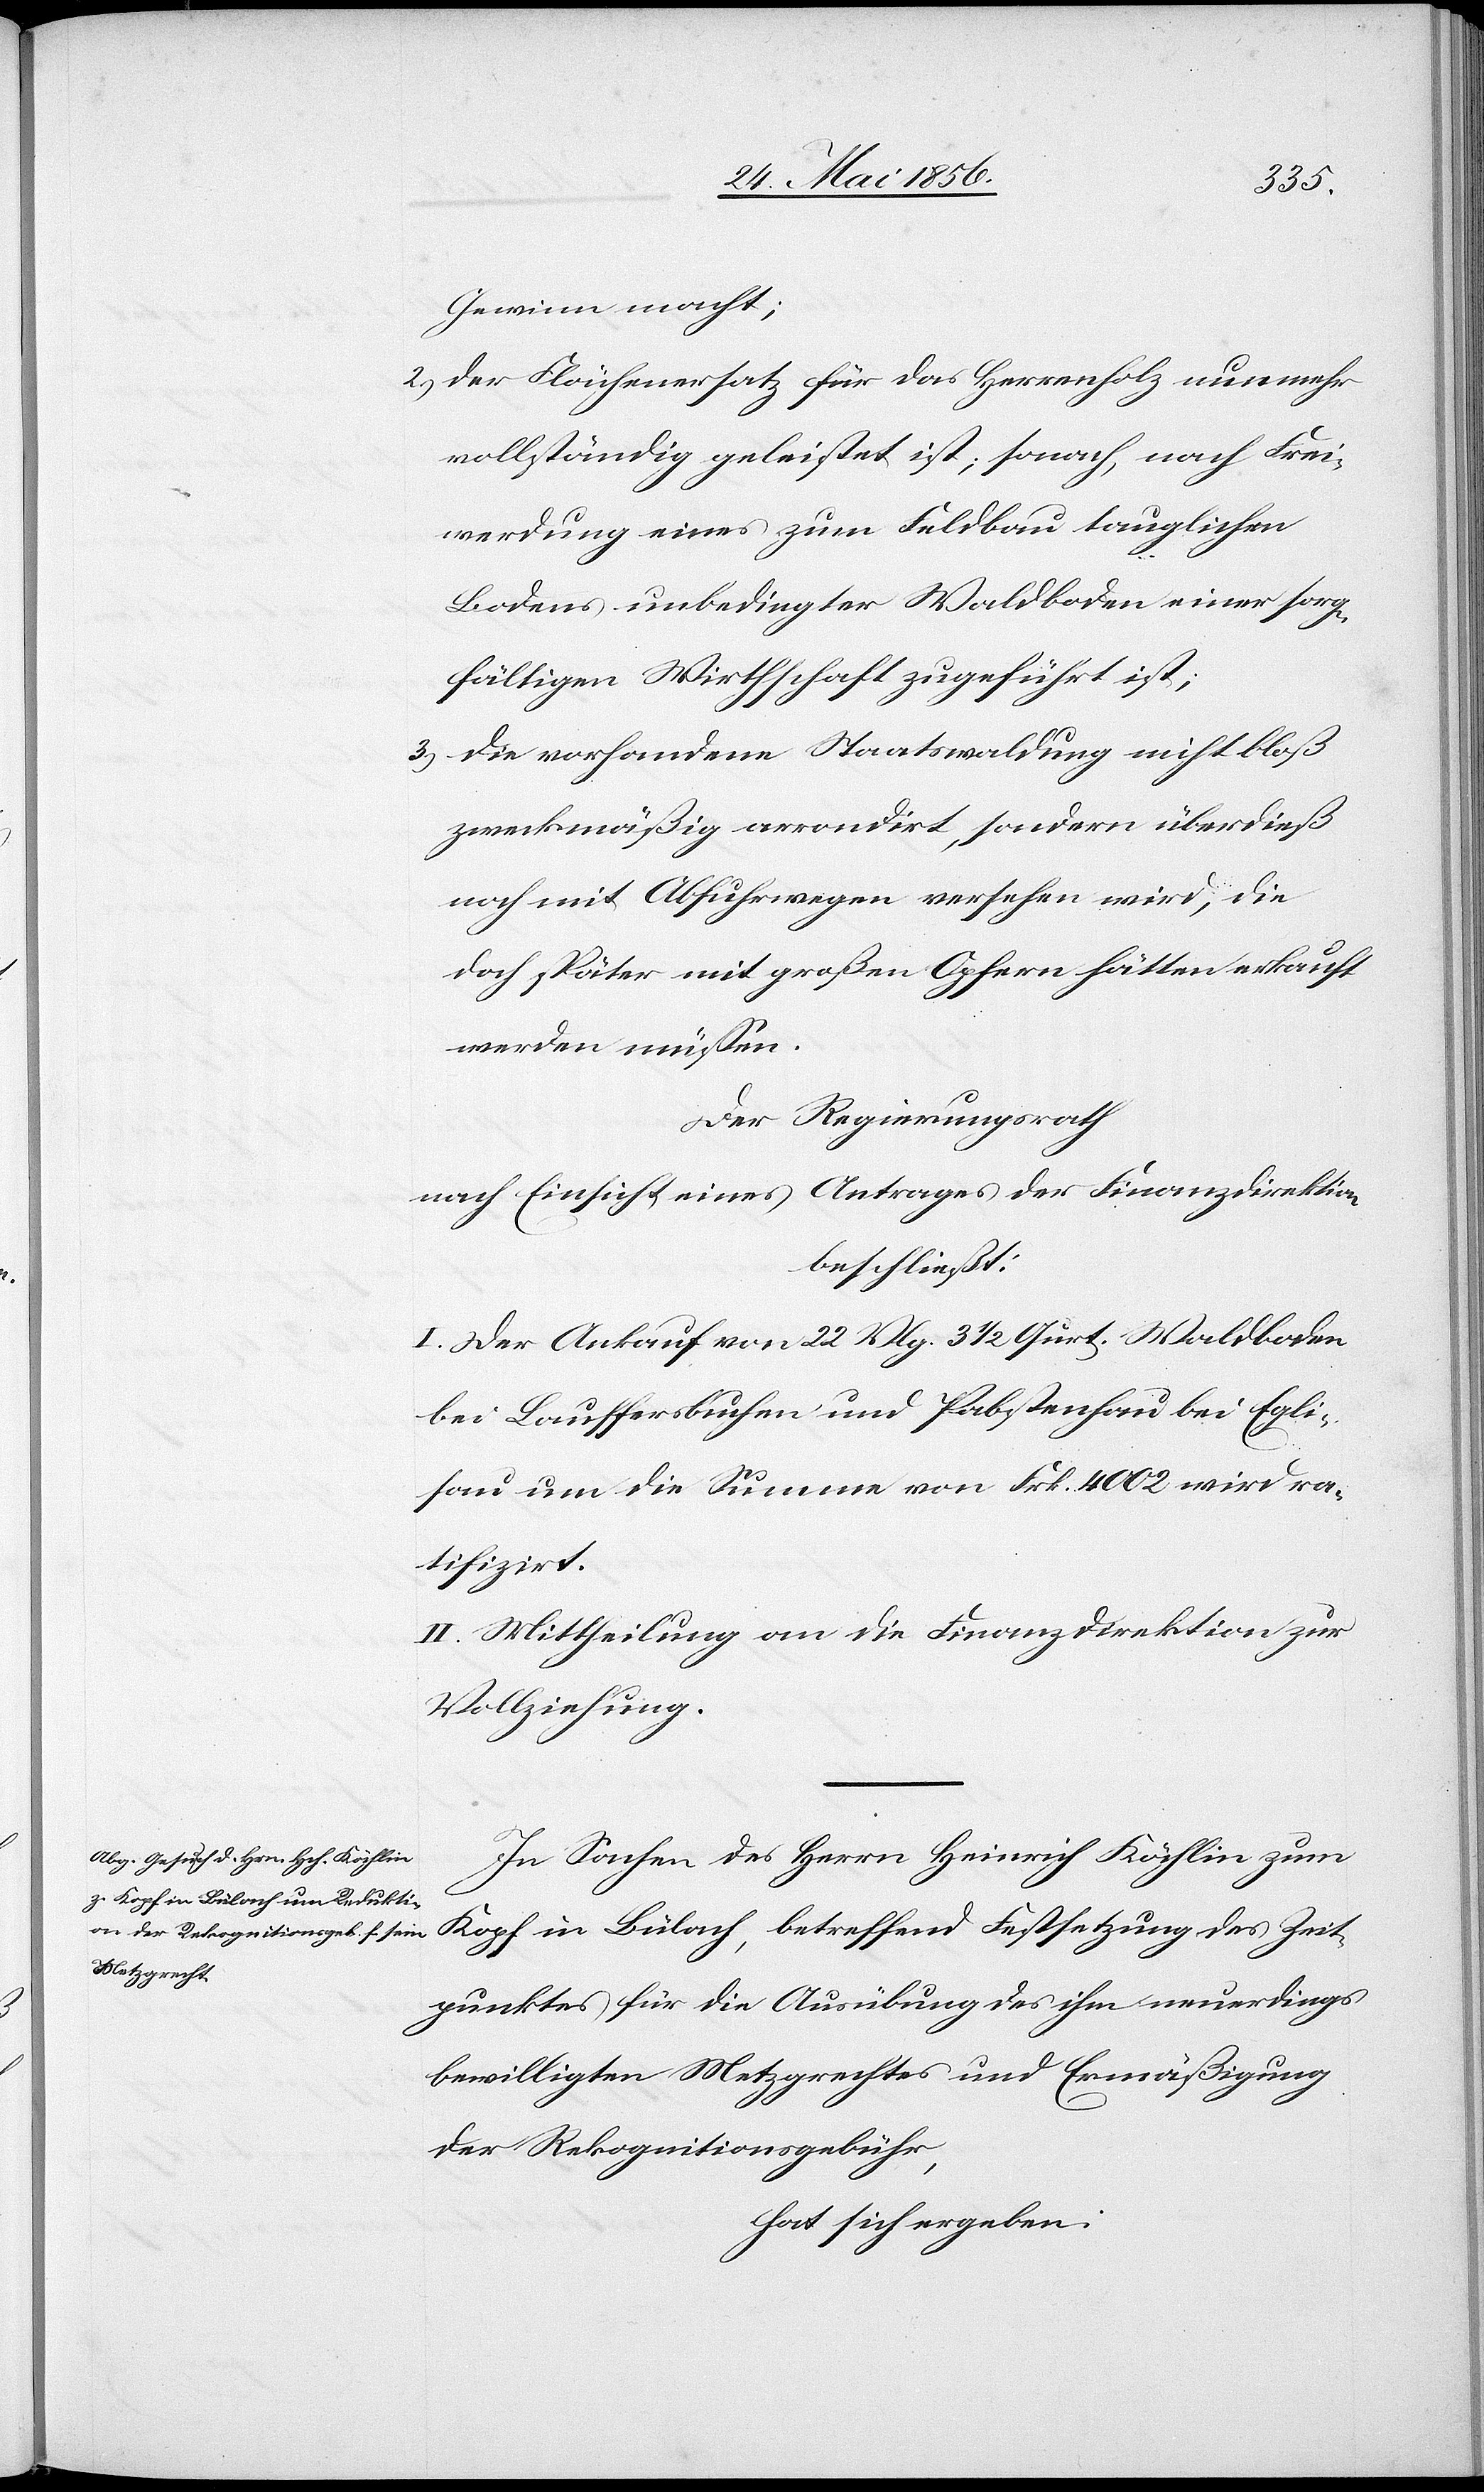
Gewinn macht;
2.) der Flächenersatz für das Herrenholz nunmehr
vollständig geleistet ist; sonach, nach Frei¬
werdung eines zum Feldbau tauglichen
Bodens unbedingter Waldboden einer sorg¬
fältigen Wirthschaft zugeführt ist;
3.) die vorhandene Staatswaldung nicht bloß
zweckmäßig arrondirt, sondern überdieß
noch mit Abfuhrwegen versehen wird, die
doch später mit großen Opfern hätten erkauft
werden müssen.
Der Regierungsrath
nach Einsicht eines Antrages der Finanzdirektion
beschließt:
I. Der Ankauf von 22 Vlg. 3 ½ Qurt. Waldboden
bei Lauffersbuchen und Pabstenhau bei Egli¬
sau um die Summe von Frk. 4002 wird ra¬
tifizirt.
II. Mittheilung an die Finanzdirektion zur
Vollziehung.
In Sachen des Herrn Heinrich Köchlin zum
Kopf in Bülach, betreffend Festsetzung des Zeit¬
punktes für die Ausübung des ihm neuerdings
bewilligten Metzgrechtes und Ermäßigung
der Rekognitionsgebühr,
hat sich ergeben: